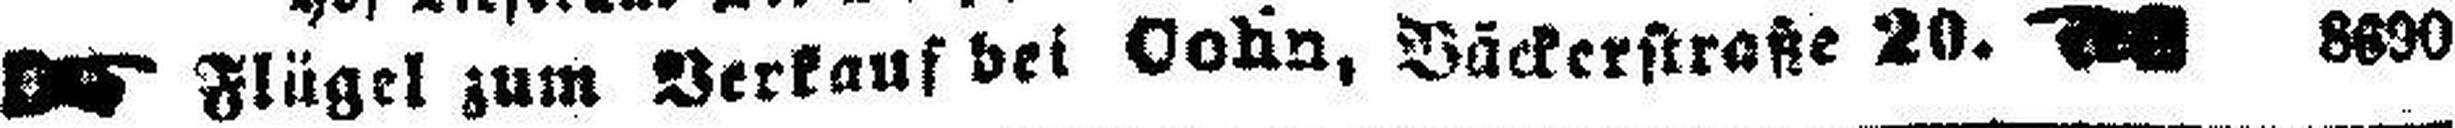
Flügel zum Verkauf bei vohn, Bäckerstraße 20. 8890